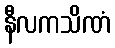
နီလကသိဏံ